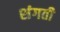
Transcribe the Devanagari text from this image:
शंगती